Note on the mental hospitals in Burma - 1925-1940
Year: 1925
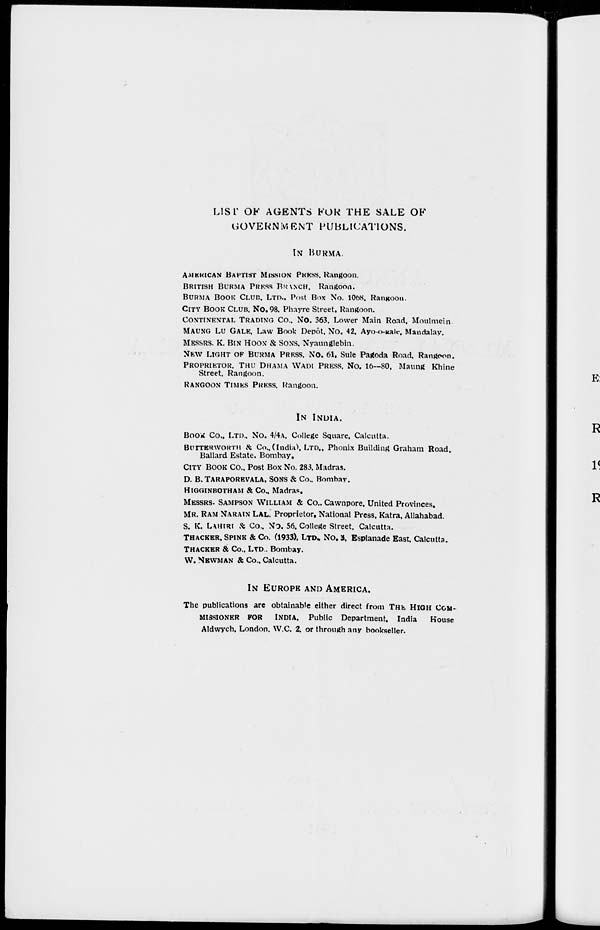
LIST OF AGENTS FOR THE SALE OF
GOVERNMENT PUBLICATIONS.
IN BURMA.
AMERICAN BAPTIST MISSION PRESS. Rangoon.
BRITISH BURMA PRESS BRANCH. Rangoon.
BURMA BOOK CLUB. LTD , Post BOX No. 1068. Rangoon.
CITY BOOK CLUB, No. 98. Phayre Street. Rangoon.
CONTINENTAL TRADING Co., No. 363. Lower Main Road, Moulmein.
MAUNG LU GALE, Law Book Depôt. No. 42. Ayo-o-gale, Mandalay.
MESSRS. K. BIN HOON & SONS, Nyaunglebin.
NEW LIGHT OF BURMA PRESS. No. 61, Sule Pagoda Road. Rangoon.
PROPRIETOR. THE DHAMA WADI PRESS, No. 16—80, Maung Khine
Street, Rangoon.
RANGOON TIMES PRESS. Rangoon.
IN INDIA.
BOOK Co., LTD., No. 4/4A. College Square, Calcutta.
BUTTRRWORTH & Co.,(India). LTD., Phonix Building Graham Road.
Ballard Estate. Bombay.
CITY BOOK Co., Post Box No. 283, Madras.
D. B. TARAPOREVALA. SONS & Co., Bombay.
HIGGINBOTHAM & Co., Madras.
MESSRS. SAMPSON WILLIAM & Co., Cawnpore, United Provinces.
MR. RAM NARAIN LAL. Proprietor, National Press, Katra, Allahabad.
S. K. LAHIRI & Co.. No. 56. College Street. Calcutta.
THACHER. SPINK & Co. (1933). LTD. No. 3, Esplanade East, Calcutta.
THACKER & Co., LTD., Bombay.
W. NEWMAN & Co., Calcutta.
IN EUROPE AND AMERICA.
The publications are obtainable either direct from THE HIGH COM-
--------- FOR INDIA, Public Department. India
House
Aldwych, London. W.C. 2. or through any bookseller.